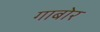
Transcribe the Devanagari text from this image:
गाबोर